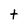
Character: t